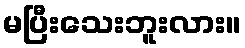
မပြီးသေးဘူးလား။